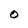
Character: 0